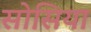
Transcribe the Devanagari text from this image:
सोसिया